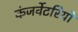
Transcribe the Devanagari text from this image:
कंजर्वेटरियों